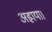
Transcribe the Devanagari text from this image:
अह्राया।